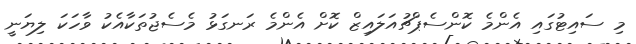
މި ސައިޓުގައި އެންމެ ކޮންސެޕްޗުއަލައިޒް ކޮށް އެންމެ ރަނގަޅު މެސެޖުތަކާއެކު ވާހަކަ ލިޔަނީ